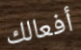
أفعالك